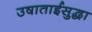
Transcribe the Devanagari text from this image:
उषाताईसुद्धा